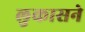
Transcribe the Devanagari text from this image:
लुकासने